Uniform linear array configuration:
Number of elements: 24
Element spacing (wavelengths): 0.5
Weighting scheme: uniform
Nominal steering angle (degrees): -45
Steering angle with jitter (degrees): -44.835
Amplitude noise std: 0.05
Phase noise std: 0.05

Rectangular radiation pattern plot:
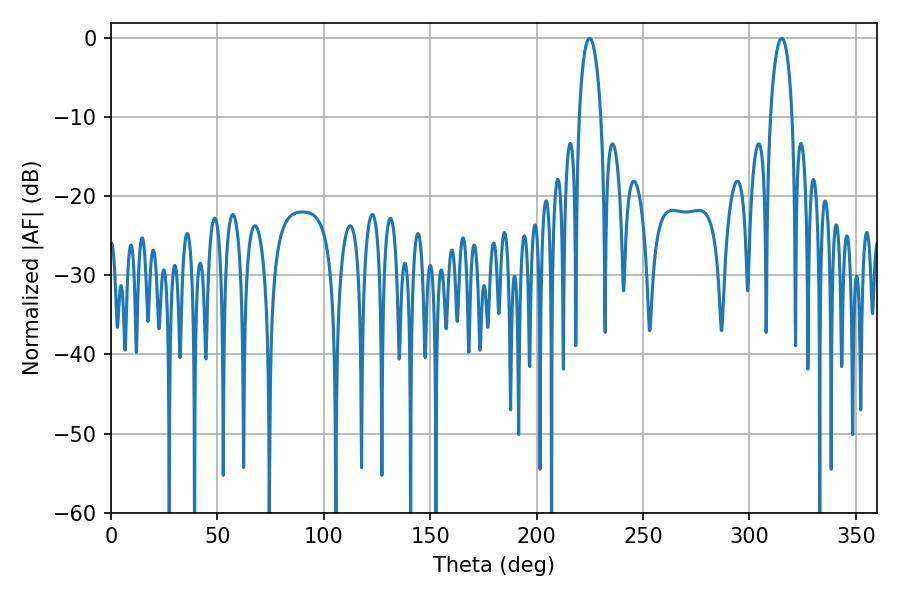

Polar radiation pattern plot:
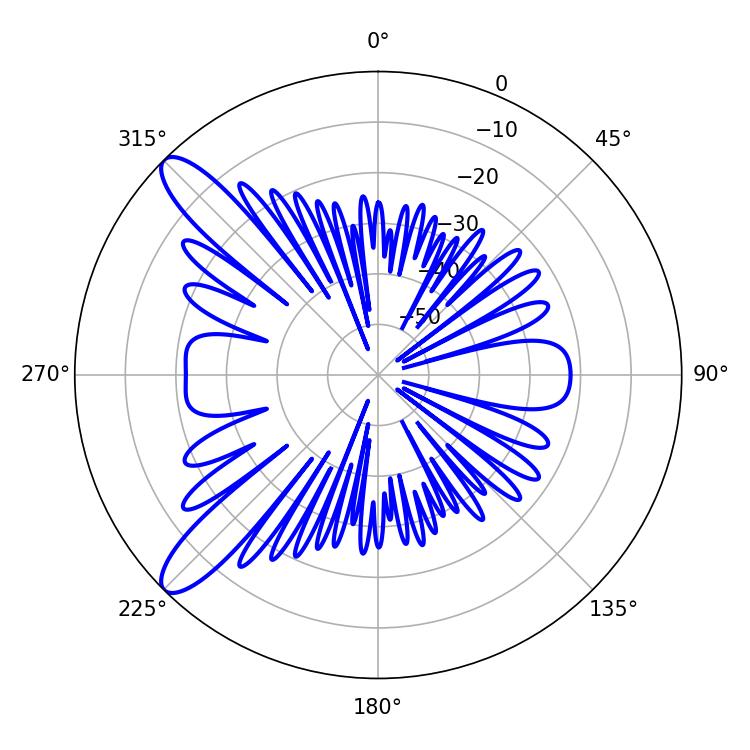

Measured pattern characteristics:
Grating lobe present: FALSE
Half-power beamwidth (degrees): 5.94
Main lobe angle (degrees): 224.82